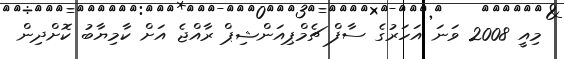
މިއީ 2008 ވަނަ އަހަރުގެ ސާފް ޗެމްޕިއަންޝިޕް ރާއްޖެ އަށް ކާމިޔާބު ކޮށްދިން